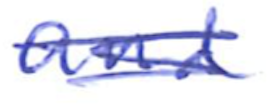
Text: and
Cross-out: scratch
Writing tool: ballpoint